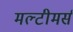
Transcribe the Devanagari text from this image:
मल्टीमर्स